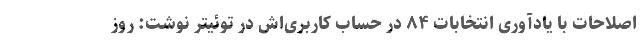
اصلاحات با یادآوری انتخابات ۸۴ در حساب کاربری‌اش در توئیتر نوشت: روز